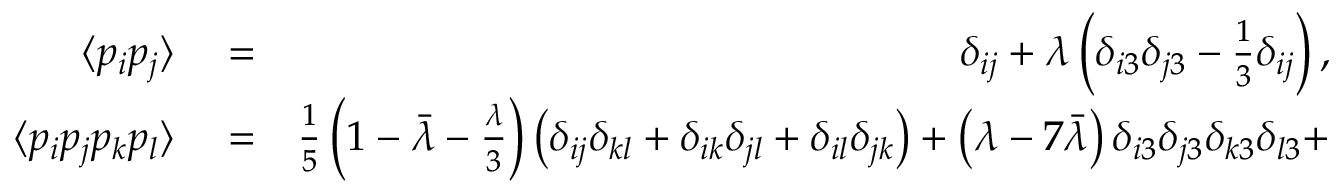
\begin{array} { r l r } { \langle p _ { i } p _ { j } \rangle } & { { } = } & { \delta _ { i j } + \lambda \left( \delta _ { i 3 } \delta _ { j 3 } - \frac { 1 } { 3 } \delta _ { i j } \right) , } \\ { \langle p _ { i } p _ { j } p _ { k } p _ { l } \rangle } & { { } = } & { \frac { 1 } { 5 } \left( 1 - \bar { \lambda } - \frac { \lambda } { 3 } \right) \left( \delta _ { i j } \delta _ { k l } + \delta _ { i k } \delta _ { j l } + \delta _ { i l } \delta _ { j k } \right) + \left( \lambda - 7 \bar { \lambda } \right) \delta _ { i 3 } \delta _ { j 3 } \delta _ { k 3 } \delta _ { l 3 } + } \end{array}